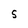
Character: S